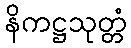
နိကဋ္ဌသုတ္တံ